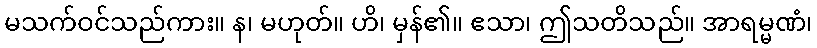
မသက်ဝင်သည်ကား။ န၊ မဟုတ်။ ဟိ၊ မှန်၏။ ဧသာ၊ ဤသတိသည်။ အာရမ္မဏံ၊